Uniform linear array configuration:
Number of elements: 24
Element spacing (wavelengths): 0.75
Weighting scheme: blackman
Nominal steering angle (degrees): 45
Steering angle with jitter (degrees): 46.068
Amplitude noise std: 0.05
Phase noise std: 0.05

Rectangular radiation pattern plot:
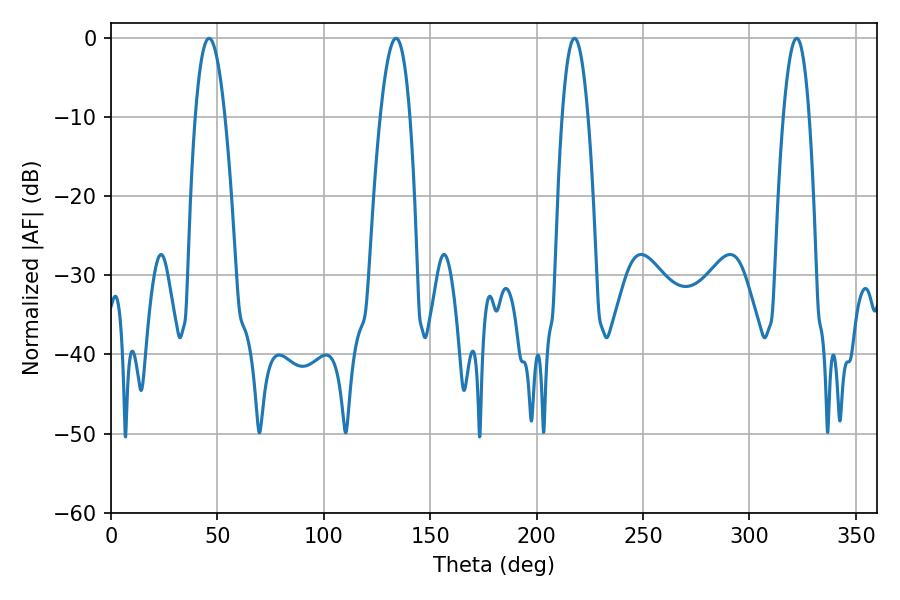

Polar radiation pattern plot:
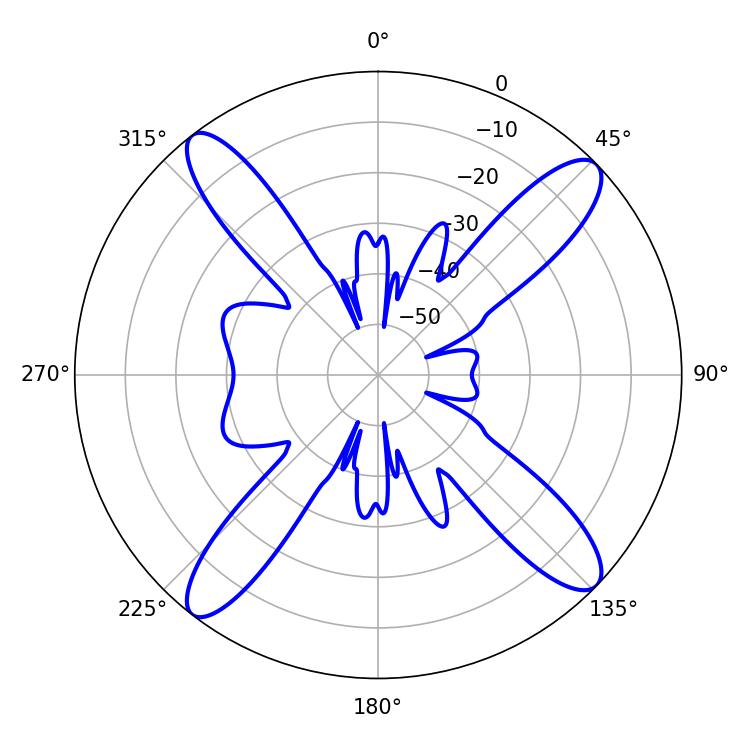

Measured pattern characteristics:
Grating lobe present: TRUE
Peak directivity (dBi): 15.815
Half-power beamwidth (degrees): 7.56
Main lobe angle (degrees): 46.08